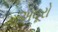
અધૂરો